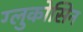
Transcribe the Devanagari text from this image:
ग्लुकोसिन